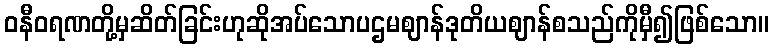
ဝနီဝရဏတို့မှဆိတ်ခြင်းဟုဆိုအပ်သောပဌမဈာန်ဒုတိယဈာန်စသည်ကိုမှီ၍ဖြစ်သော။